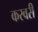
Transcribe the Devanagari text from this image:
करवरी